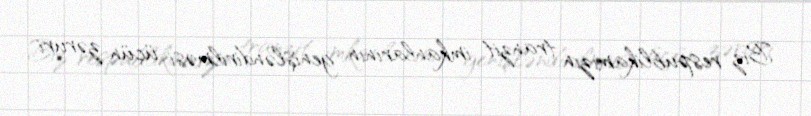
Biz respublikamızın tranzit imkanlarının genişləndirilməsi üçün zəruri